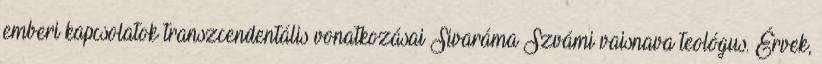
emberi kapcsolatok transzcendentális vonatkozásai Sivaráma Szvámi vaisnava teológus. Érvek,